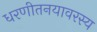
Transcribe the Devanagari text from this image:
धरणीतनयावरस्य